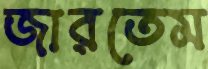
জারতেম